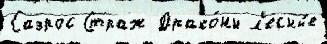
Саэрос Страж Драко́ны л'есны́е